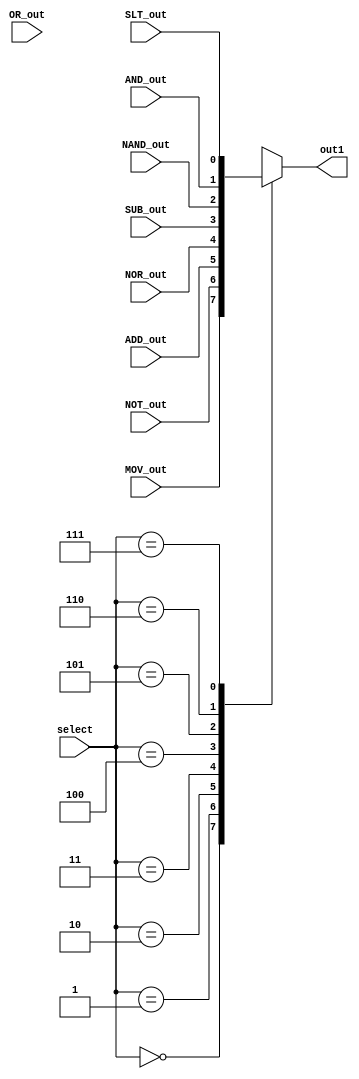
`timescale 1ns / 1ps
//////////////////////////////////////////////////////////////////////////////////
// Company: 
// Engineer: 
// 
// Design Name: 
// Module Name: MUX_3_to_8
// Project Name: 
// Target Devices: 
// Tool Versions: 
// Description: 
// 
// Dependencies: 
// 
// Revision:
// Revision 0.01 - File Created
// Additional Comments:
// 
//////////////////////////////////////////////////////////////////////////////////


module MUX_3_to_8(out1,MOV_out,NOT_out,ADD_out,SUB_out,OR_out,AND_out,NOR_out,NAND_out,SLT_out,select);

input MOV_out,NOT_out,ADD_out,SUB_out,OR_out,AND_out,NOR_out,NAND_out,SLT_out;
input [2:0] select;

output reg out1;

always@(*) begin
case(select)
    3'b000: out1 = MOV_out;
    3'b001: out1 = NOT_out;
    3'b010: out1 = ADD_out;
    3'b011: out1 = NOR_out;
    3'b100: out1 = SUB_out;
    3'b101: out1 = NAND_out;
    3'b110: out1 = AND_out;
    3'b111: out1 = SLT_out;
endcase 
end
endmodule